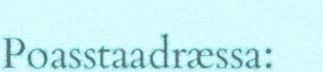
Poasstaadræssa: